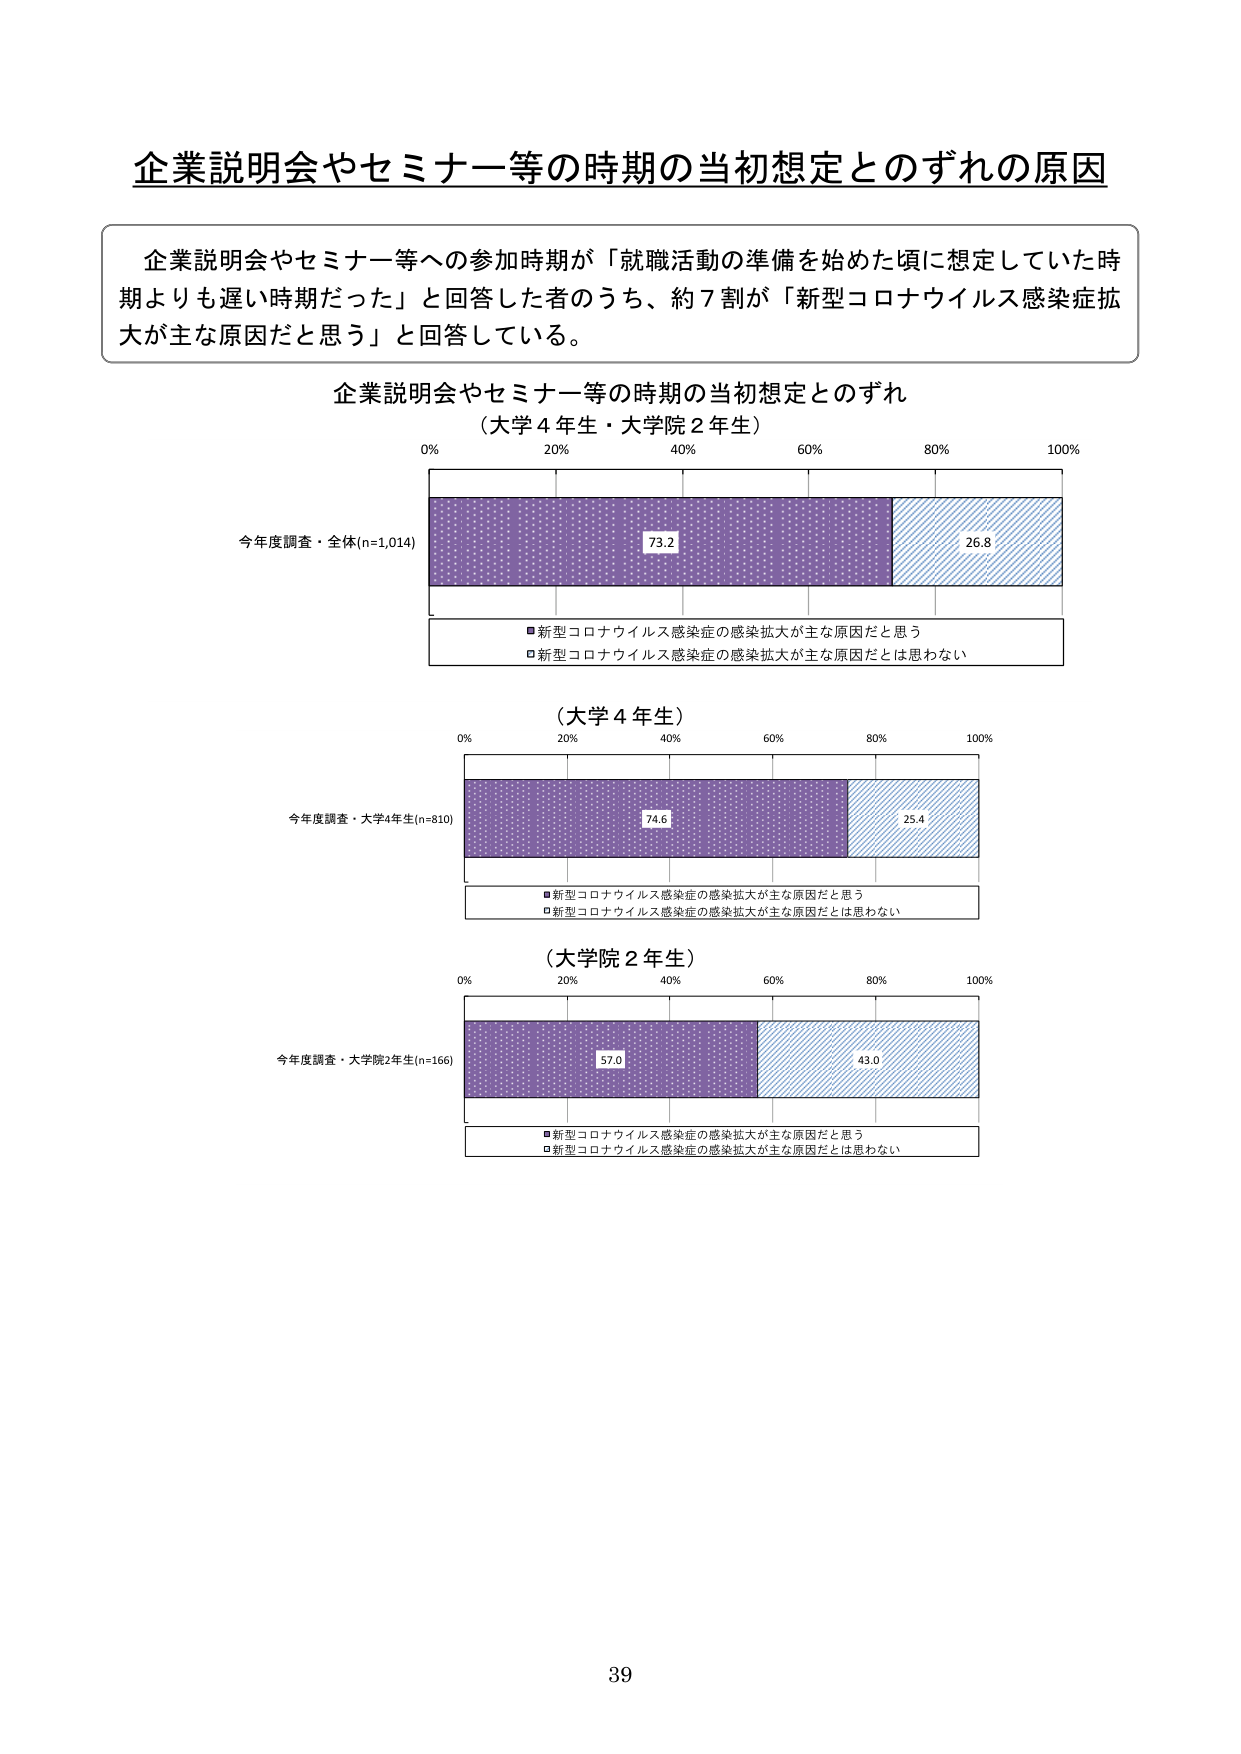
企業説明会やセミナー等の時期の当初想定とのずれの原因

企業説明会やセミナー等への参加時期が「就職活動の準備を始めた頃に想定していた時期よりも遅い時期だった」と回答した者のうち、約７割が「新型コロナウイルス感染症拡大が主な原因だと思う」と回答している。

企業説明会やセミナー等の時期の当初想定とのずれ
（大学４年生・大学院２年生）

0% 20% 40% 60% 80% 100%

今年度調査・全体(n=1,014)
73.2 26.8

■新型コロナウイルス感染症の感染拡大が主な原因だと思う
□新型コロナウイルス感染症の感染拡大が主な原因だとは思わない

（大学４年生）

0% 20% 40% 60% 80% 100%

今年度調査・大学4年生(n=810)
74.6 25.4

■新型コロナウイルス感染症の感染拡大が主な原因だと思う
□新型コロナウイルス感染症の感染拡大が主な原因だとは思わない

（大学院２年生）

0% 20% 40% 60% 80% 100%

今年度調査・大学院2年生(n=166)
57.0 43.0

■新型コロナウイルス感染症の感染拡大が主な原因だと思う
□新型コロナウイルス感染症の感染拡大が主な原因だとは思わない

39